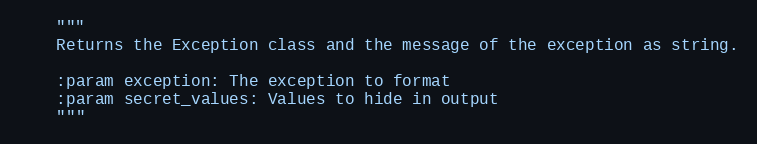
Language: Python
    """
    Returns the Exception class and the message of the exception as string.

    :param exception: The exception to format
    :param secret_values: Values to hide in output
    """